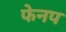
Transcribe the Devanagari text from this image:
फेनप